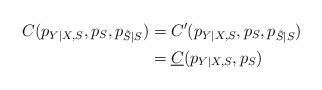
LaTeX: \begin{align*}C(p_{Y|X,S},p_S,p_{\tilde{S}|S})&= C'(p_{Y|X,S},p_S,p_{\tilde{S}|S})\\&=\underline{C}(p_{Y|X,S},p_S)\end{align*}